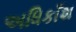
અધિકાઁશ